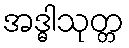
အဒ္ဓါသုတ္တ